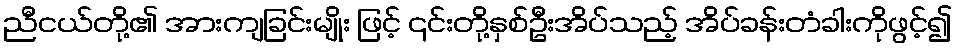
ညီငယ်တို့၏ အားကျခြင်းမျိုး ဖြင့် ၎င်းတို့နှစ်ဦးအိပ်သည့် အိပ်ခန်းတံခါးကိုဖွင့်၍